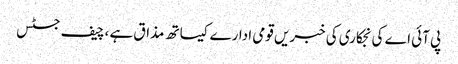
پی آئی اے کی نجکاری کی خبریں قومی ادارے کیساتھ مذاق ہے ،چیف جسٹس